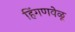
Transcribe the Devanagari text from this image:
हिंगणवेळू